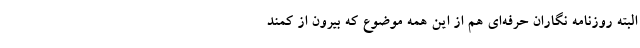
البته روزنامه نگاران حرفه‌ای هم از این همه موضوع که بیرون از کمند